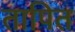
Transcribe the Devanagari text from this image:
तापित